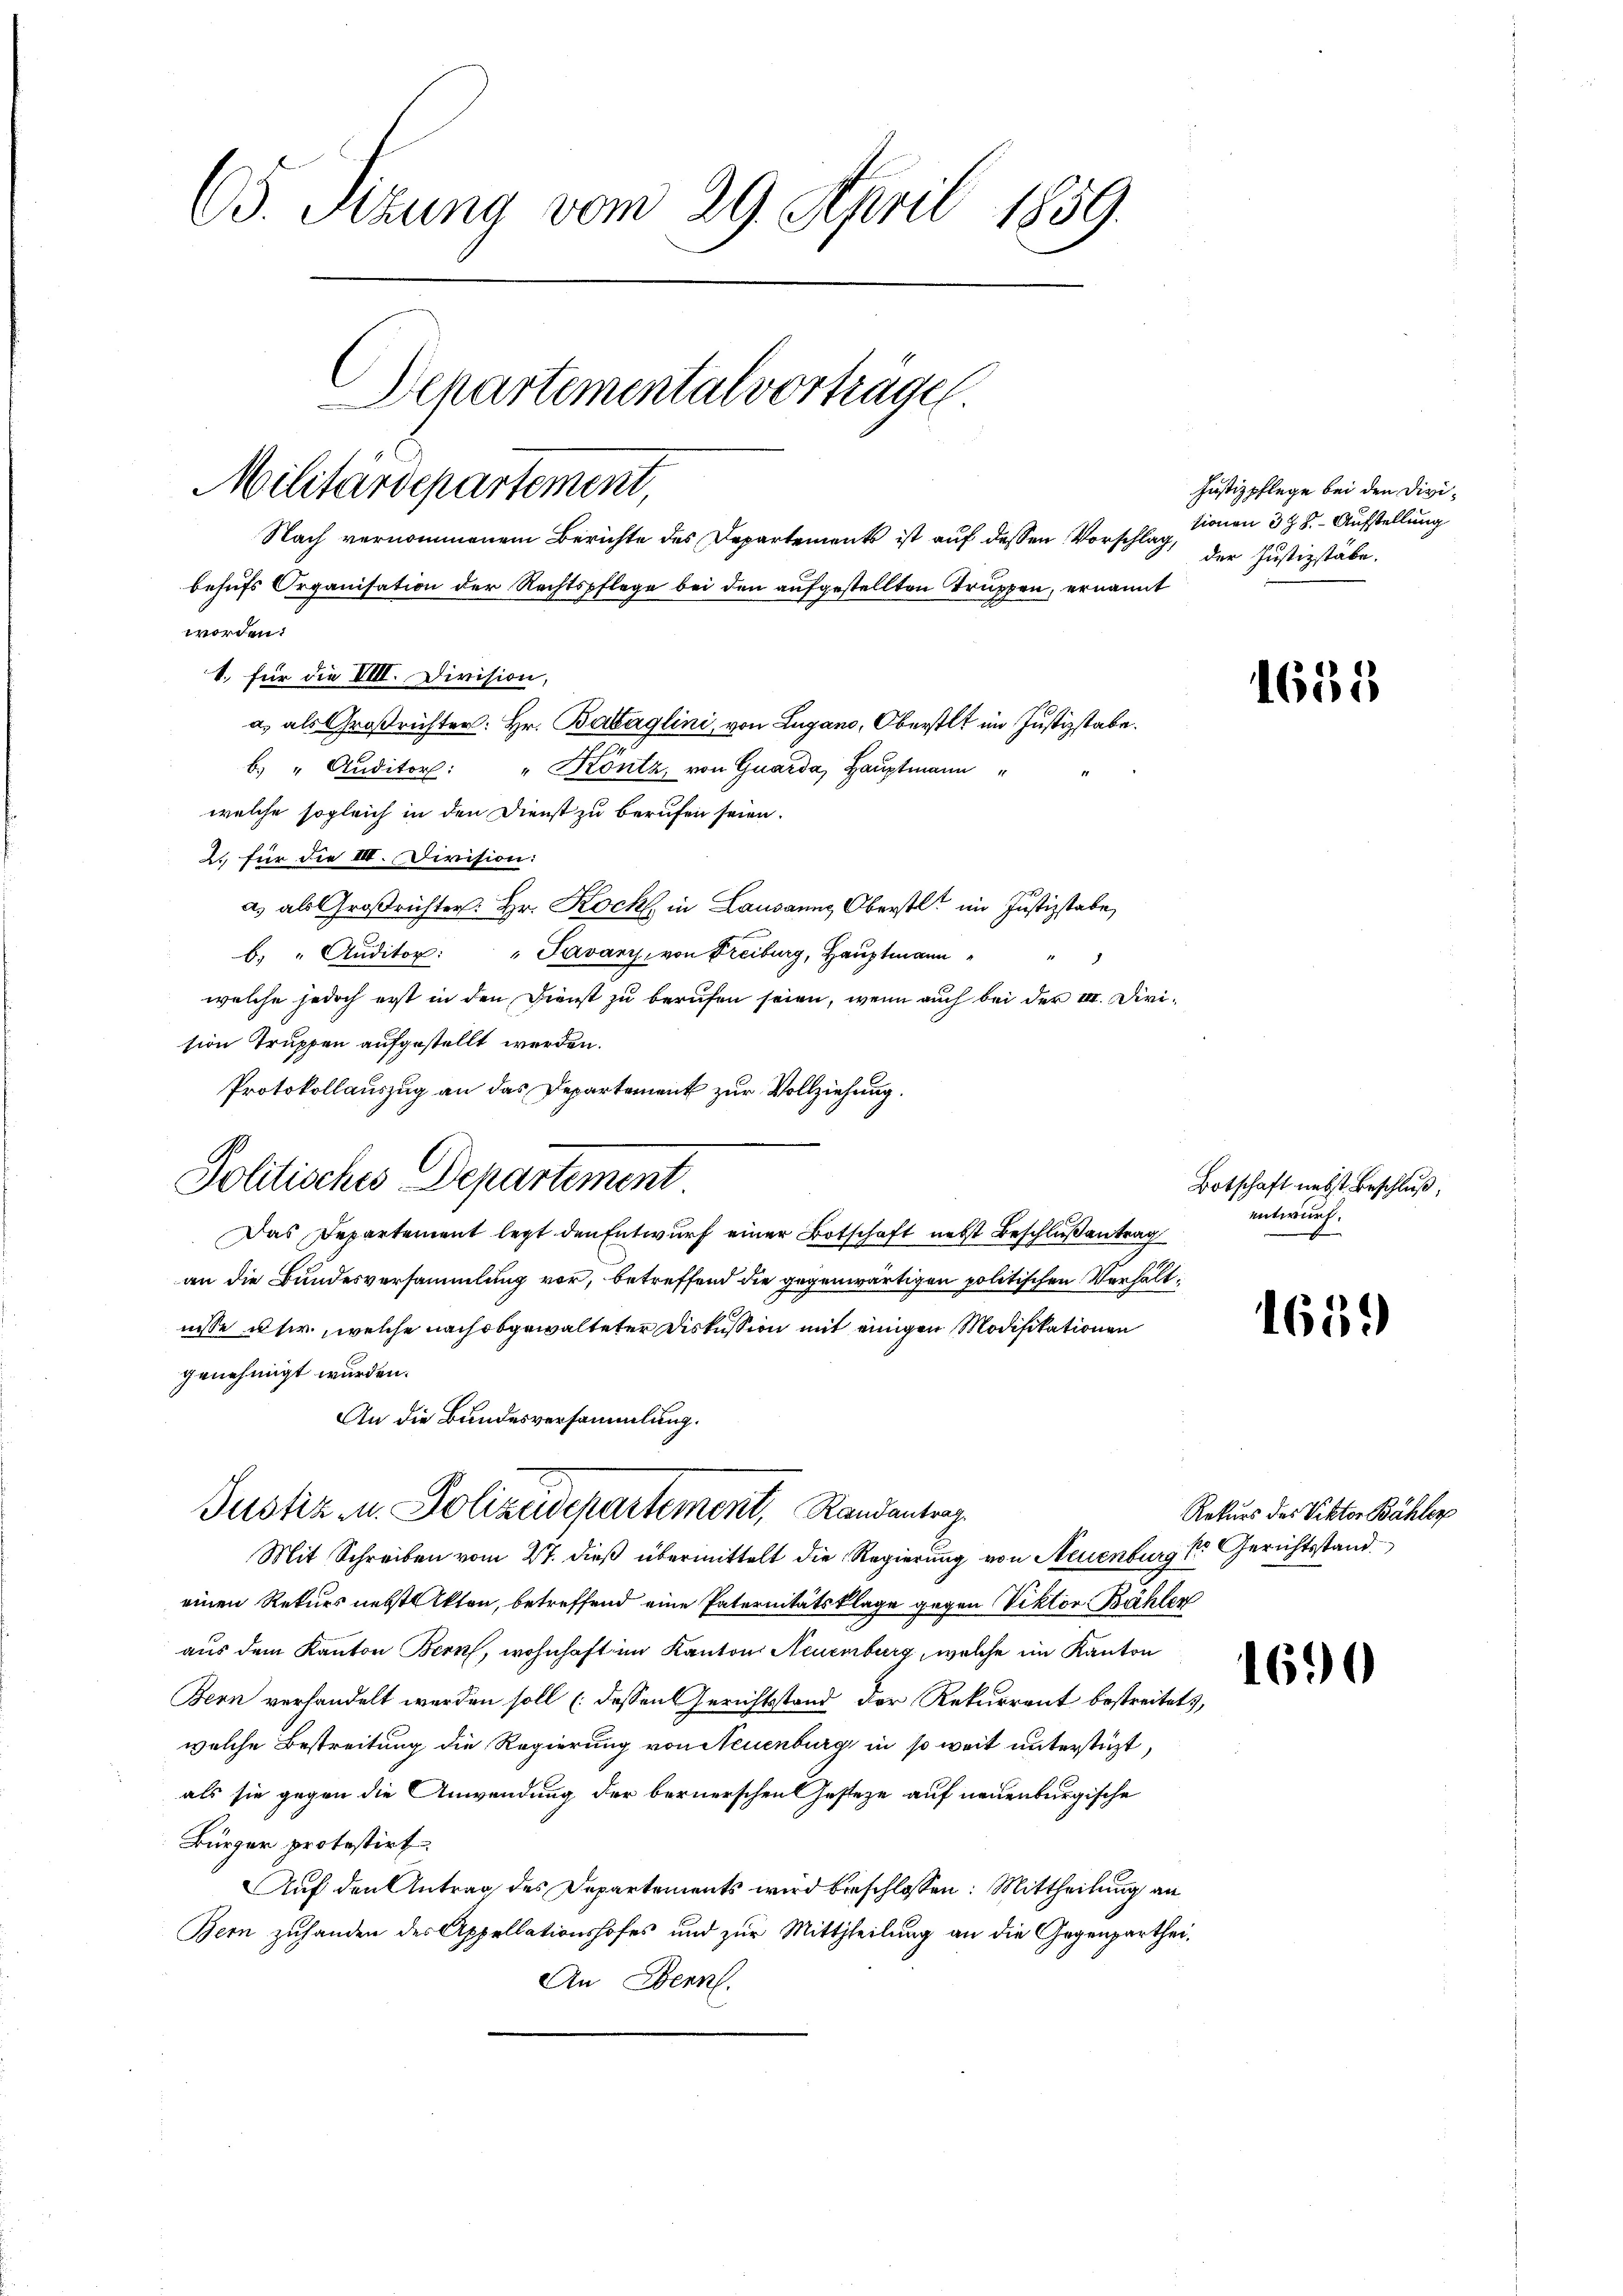
65. Sitzung vom 29. April 1859.
Departemental vortragen
Militärdepartement,
Nach vernommenem Berichte des Departements ist auf dessen Vorschlag,
behufs Organisation der Rechtspflege bei den aufgestellten Truppen, ernannt
worden:

1. für die VIII. Division,
b. " Auditor: " Köntz, von Quarda, Hauptmann
welche sogleich in den Dienst zu berufen seien.
2. für die IIII. Division:
a.) als Großrichter: Hr. Koch in Lausanns Oberst im Justizstabe
b. " Auditor: " Javanz, von Freiburg, Hauptmann
1
welche jedoch erst in den Dienst zu berufen seien, wenn auch bei der III. Division Trupfen aufgestellt werden.
Protokollauszug an das Departement zur Vollziehung.
Politisches Departement
Das Departement legt den Entwurf einer Botschaft nebst Beschlußantrag
an die Bundesversammlung vor, betreffend die gegenwärtigen politischen Verhältnisse usw., welche nach abgewalteter Diskussion mit einigen Modifikationen
genehmigt wurden.
An die Bundesversammlung.
Justiz u. Polizeidepartement, Randantrag
Mit Schreiben vom 27. dieß übermittelt die Regierung von Neuenburg 1r Gerichtsstand
einen Rekurs nebst Akten, betreffend eine Paternitätsklage gegen Viktor Bähler
aus dem Kanton Bern, wohnhaft im Kanton Neuenburg, welche im Kanton
Bern verhandelt werden soll (dessen Gerichtsstand der Rekurrent bestreite.
welche Bestreitung die Regierung von Neuenburg in so weit unterstüzt,
als sie gegen die Anwendung der bernerschen Gestehe auf neuenburgische
Bürger protestirt
Auf den Antrag des Departements wird beschlossen: Mittheilung an
Bern zuhanden des Appellationshofes und zur Mittheilung an die Gegenparth
An Denn

a.) als Großrichter: Hr. Babaglini, von Lugano, Oberstet im Justizstabe.

Justizpflege bei den Divisionen 398. - Aufstellung
der Justizstäbe.

.

1635

Botschaft nebst Beschluß,
entwurf.

1659

Rekurs des Viktor Bähler

1690